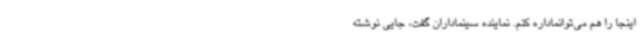
اینجا را هم می‌توانماداره کنم. نماینده سینماداران گفت، جایی نوشته